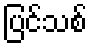
ပြင်သစ်